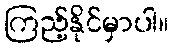
ကြည့်နိုင်မှာပါ။